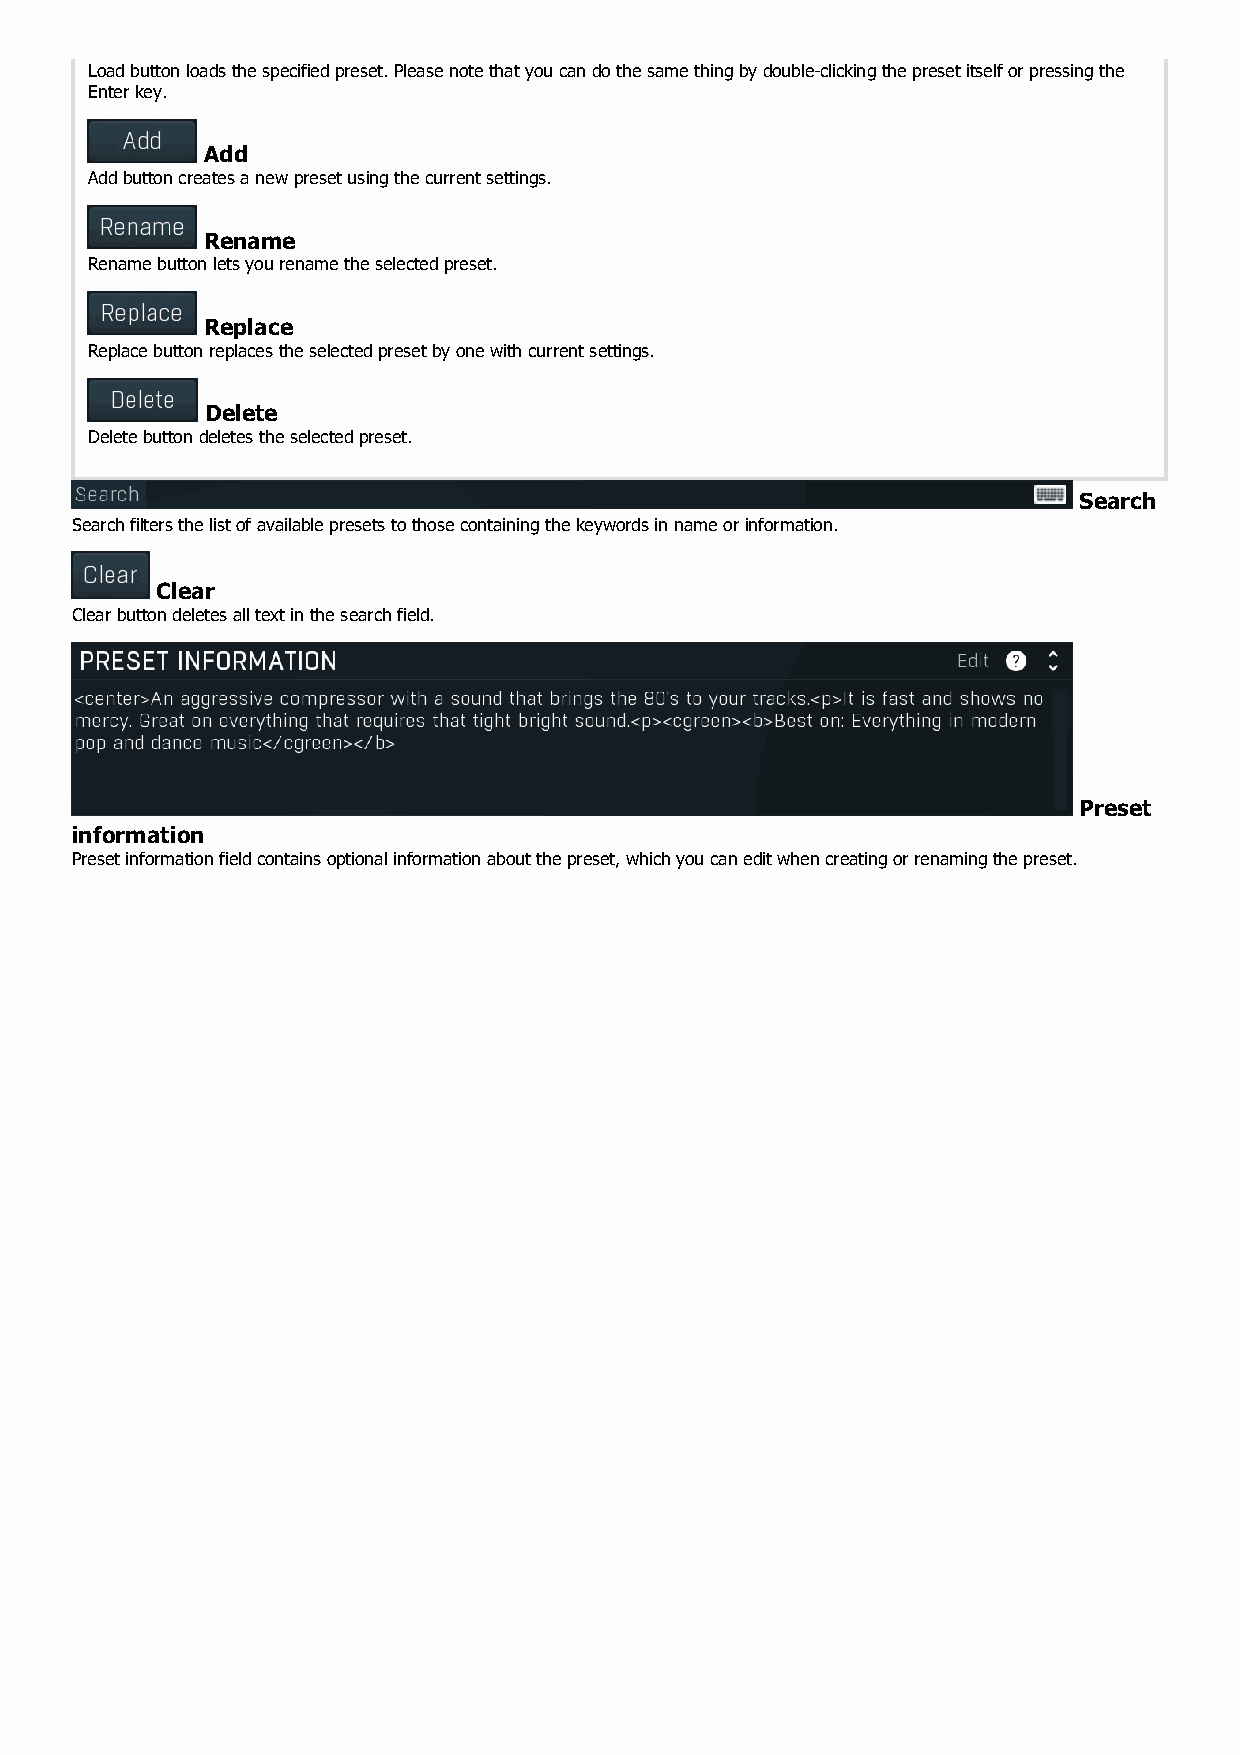
Load button loads the specified preset. Please note that you can do the same thing by double-clicking the preset itself or pressing the
 Enter key.
 Add
 Add button creates a new preset using the current settings.
 Rename
 Rename button lets you rename the selected preset.
 Replace
 Replace button replaces the selected preset by one with current settings.
 Delete
 Delete button deletes the selected preset.
 Search
 Search filters the list of available presets to those containing the keywords in name or information.
 Clear
 Clear button deletes all text in the search field.
 Preset
 information
 Preset information field contains optional information about the preset, which you can edit when creating or renaming the preset.